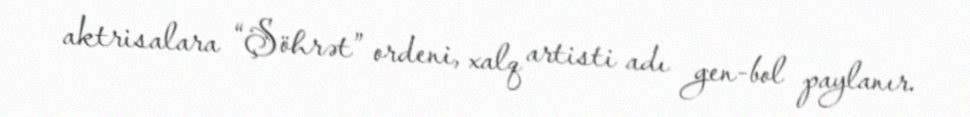
aktrisalara “Şöhrət” ordeni, xalq artisti adı gen-bol paylanır.